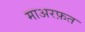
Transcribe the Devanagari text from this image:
माअरफ़त